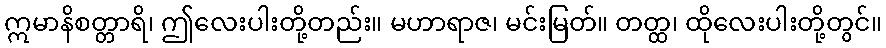
ဣမာနိစတ္တာရိ၊ ဤလေးပါးတို့တည်း။ မဟာရာဇ၊ မင်းမြတ်။ တတ္ထ၊ ထိုလေးပါးတို့တွင်။